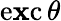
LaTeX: \operatorname{e\mathbf{x}c}\theta